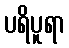
ပရိပူရာ